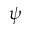
\psi